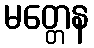
မတ္တေန